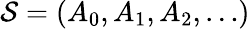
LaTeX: {\cal S}=(A_{0},A_{1},A_{2},\dots)